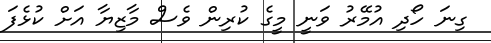
ގިނަ ހޯދި އުމޭރު ވަނީ މީގެ ކުރިން ވެސް މާޒިޔާ އަށް ކުޅެފަ